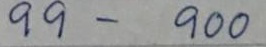
99 - 900